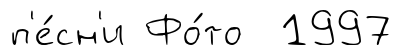
п'е́сн'и Фо́то 1997